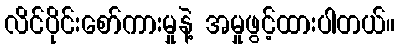
လိင်ပိုင်းစော်ကားမှုနဲ့ အမှုဖွင့်ထားပါတယ်။